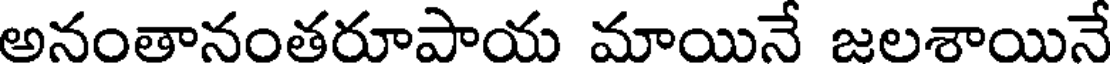
అనంతానంతరూపాయ మాయినే జలశాయినే